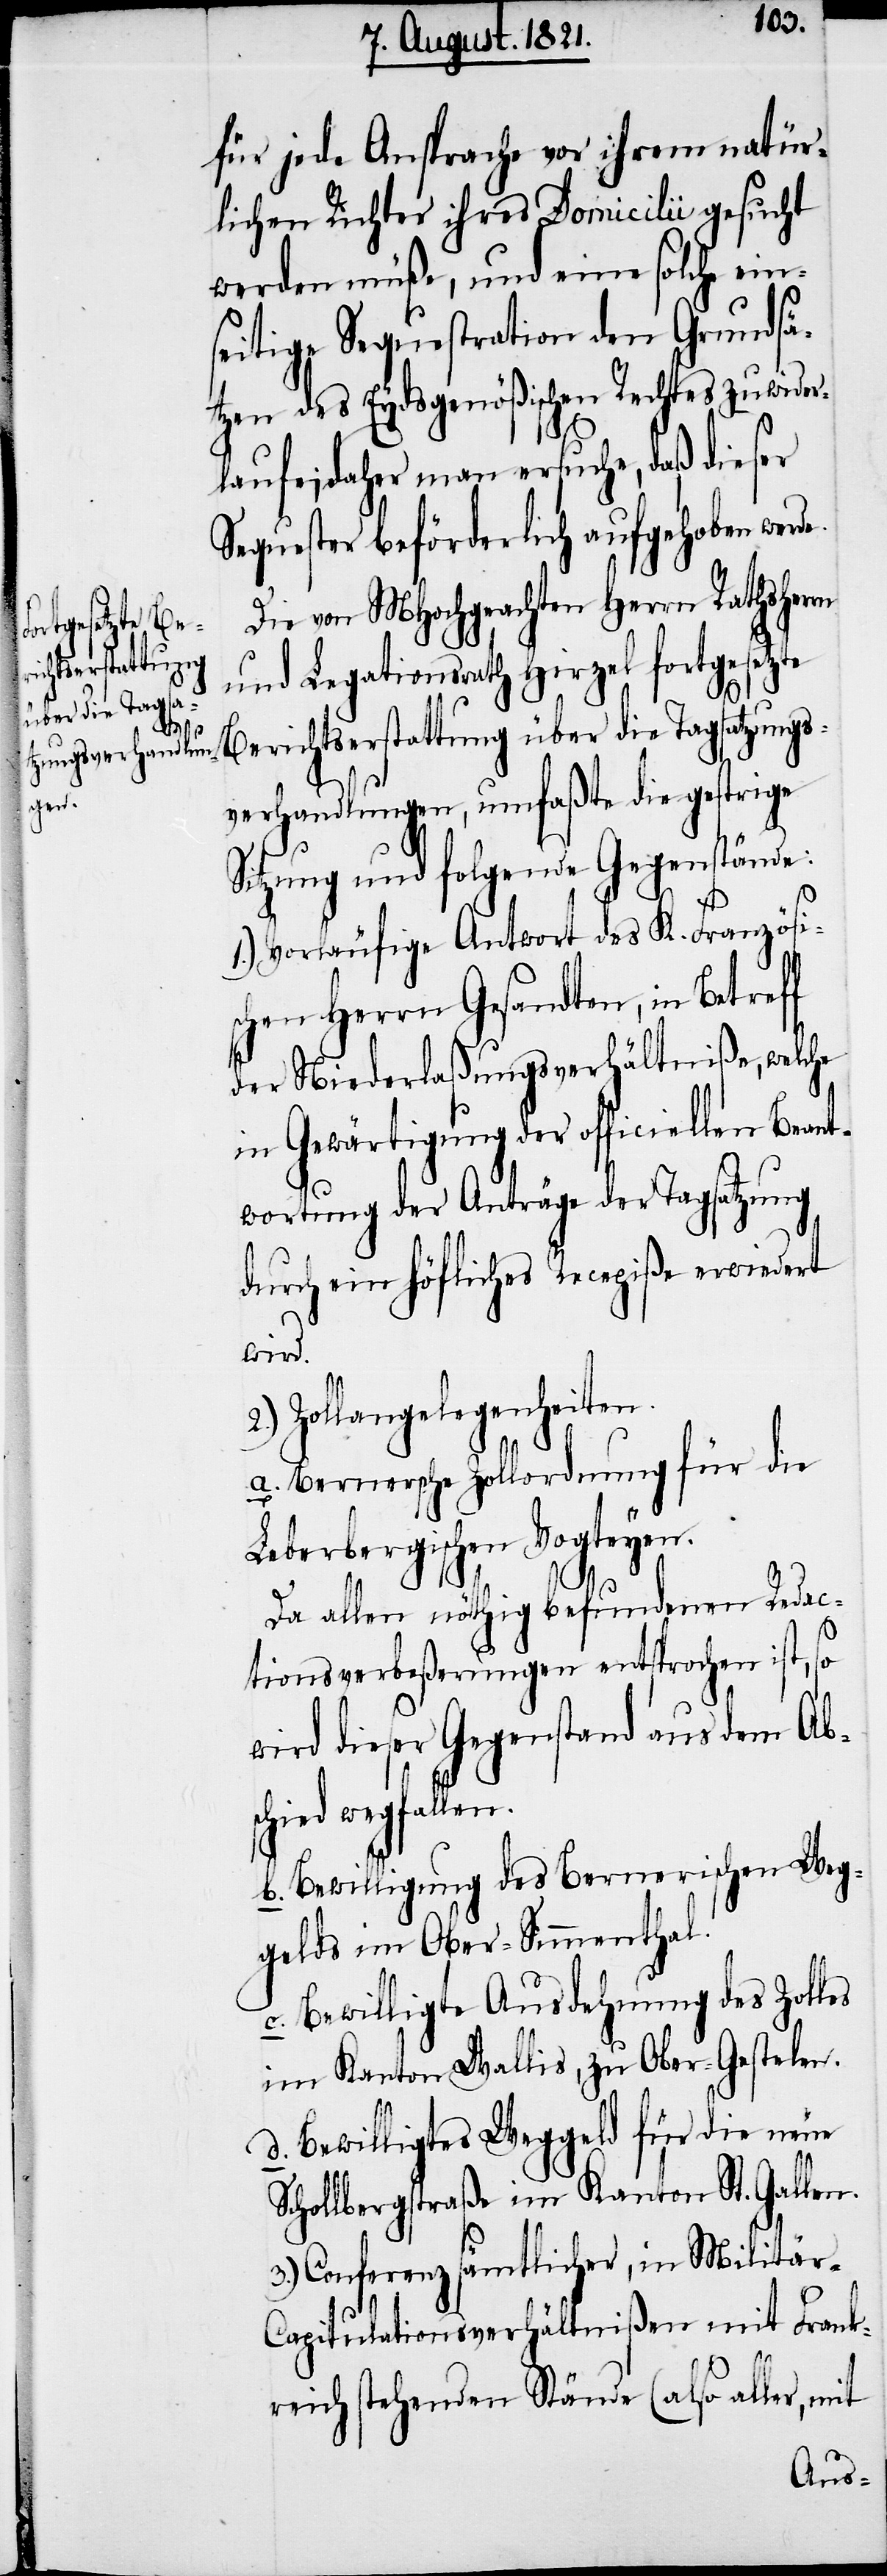
für jede Ansprache vor ihrem natür¬
lichen Richter ihres Domicilii gesucht
werden müße, und eine solche ein¬
seitige Sequestration den Grundsä¬
tzen des Eydsgenößischen Rechtes zuwide¬
rlaufe; daher man ersuche, daß dieser
Sequester beförderlich aufgehoben wer¬
Die von MHochgeachten Herrn Rathsherrn
und Legationsrath Hirzel fortgesetzte
Berichtserstattung über die Tagsatzungs¬
verhandlungen, umfaßte die gestrige
Sitzung und folgende Gegenstände:
Vorläufige Antwort des K. Französis¬
chen Herrn Gesandten, in Betreff
der Niederlaßungsverhältniße, welche
in Gewärtigung der officiellen Beant¬
wortung der Anträge der Tagsatzung
durch ein höfliches Recepiße erwiedert
wird.
Zollangelegenheiten.
a. Bernische Zollordnung für die
Leberbergischen Vogteyen.
Da allen nöthig befundenen Redac¬
n.
tionsverbeßerungen entsprochen ist, so
wird dieser Gegenstand aus dem Abs¬
chied wegfalle¬
b. Bewilligung des Bernischen Weg¬
gelds im Ober-Simmenthal.
c. Bewilligte Ausdehnung des Zolles
im Kanton Wallis, zu Ober-Gestelen.
d. Bewilligtes Weggeld für die neue
Schollbergstrasse im Kanton St. Gallen.
3.) Conferenz sämtlicher, in Militär-C¬
apitulationsverhältnißen mit Frank¬
reich stehenden Stände (also aller, mit